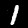
Label: 1